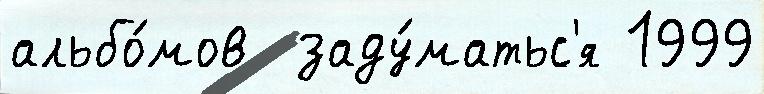
альбо́мов  заду́матьс'я 1999